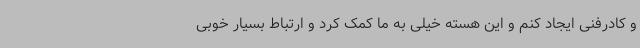
و کادرفنی ایجاد کنم و این هسته خیلی به ما کمک کرد و ارتباط بسیار خوبی